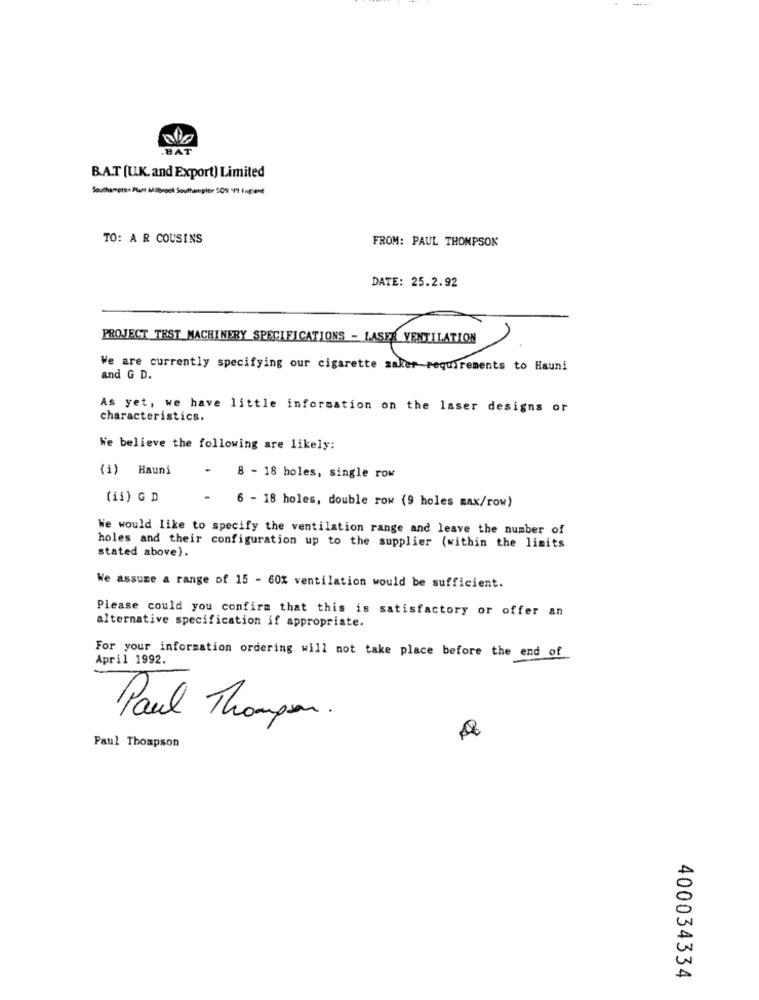
B.A.T [U.K. and Export) Limited
Southampton Put Mlboot Southampler :09 "t lupand
TO: A R COUSINS
FROM: PAUL THOMPSON
DATE: 25.2.92
PROJECT TEST MACHINERY SPECIFICATIONS - LASER VENTILATION
We are currently specifying our cigarette saker requirements to Hauni
and G D.
As yet, we have little information on the laser designs or
characteristics.
We believe the following are likely:
(i) Hauni
8 - 18 holes, single row
(ii) G D
6 - 18 holes, double row (9 holes max/row)
We would like to specify the ventilation range and leave the number of
stated above).
holes and their configuration up to the supplier (within the limits
We assume a range of 15 - 60% ventilation would be sufficient.
Please could you confirm that this is satisfactory or offer an
alternative specification if appropriate.
For your information ordering will not take place before the end of
April 1992.
Paul Thompson .
Paul Thompson
400034334